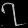
Digit: ၇